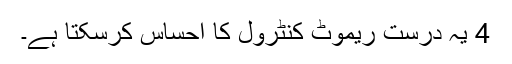
4 یہ درست ریموٹ کنٹرول کا احساس کرسکتا ہے۔